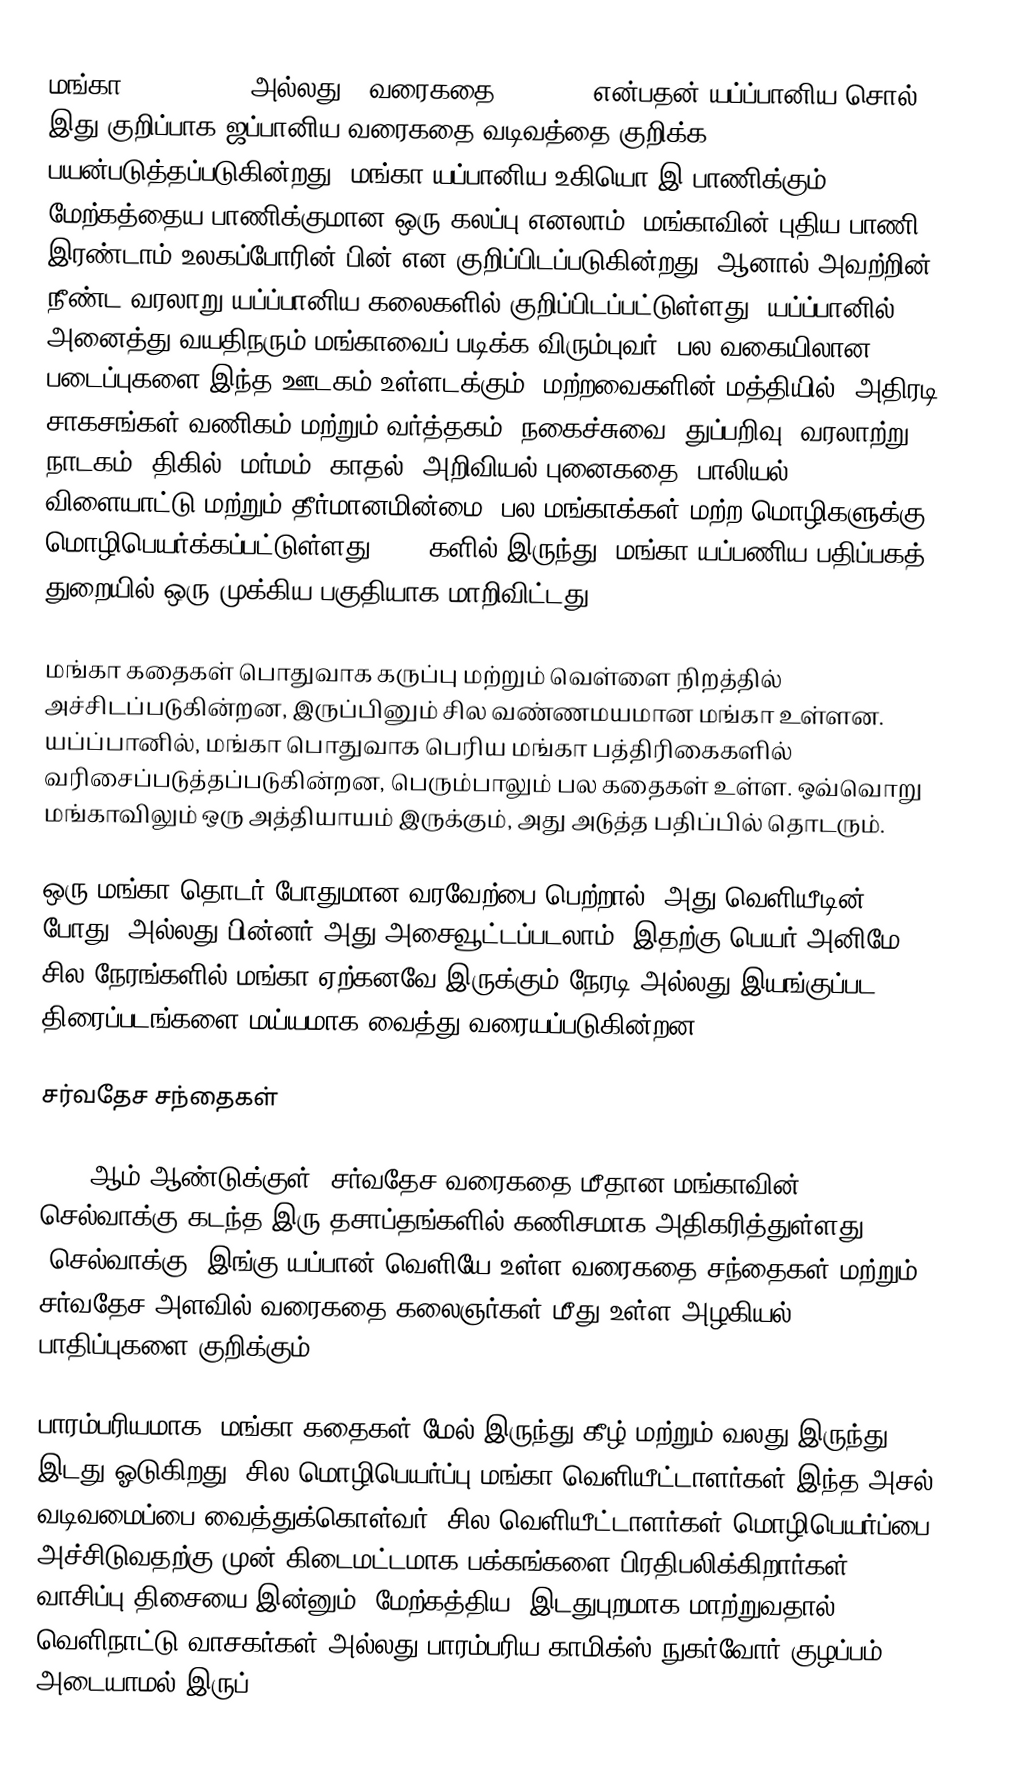
மங்கா (kanji: ; ;  அல்லது ) வரைகதை (comics) என்பதன் யப்ப்பானிய சொல். இது குறிப்பாக ஜப்பானிய வரைகதை வடிவத்தை குறிக்க பயன்படுத்தப்படுகின்றது. மங்கா யப்பானிய உகியொ-இ பாணிக்கும் மேற்கத்தைய பாணிக்குமான ஒரு கலப்பு எனலாம். மங்காவின் புதிய பாணி இரண்டாம் உலகப்போரின் பின் என குறிப்பிடப்படுகின்றது. ஆனால் அவற்றின் நீண்ட வரலாறு யப்ப்பானிய கலைகளில் குறிப்பிடப்பட்டுள்ளது. யப்ப்பானில், அனைத்து வயதிநரும் மங்காவைப் படிக்க விரும்புவர். பல வகையிலான படைப்புகளை இந்த ஊடகம் உள்ளடக்கும்: மற்றவைகளின் மத்தியில், அதிரடி சாகசங்கள்,வணிகம் மற்றும் வர்த்தகம், நகைச்சுவை, துப்பறிவு, வரலாற்று நாடகம், திகில், மர்மம், காதல், அறிவியல் புனைகதை, பாலியல், விளையாட்டு மற்றும் தீர்மானமின்மை.  பல மங்காக்கள் மற்ற மொழிகளுக்கு மொழிபெயர்க்கப்பட்டுள்ளது. 1950களில் இருந்து, மங்கா யப்பணிய பதிப்பகத் துறையில் ஒரு முக்கிய பகுதியாக மாறிவிட்டது.

மங்கா கதைகள் பொதுவாக கருப்பு மற்றும் வெள்ளை நிறத்தில் அச்சிடப்படுகின்றன, இருப்பினும் சில வண்ணமயமான மங்கா உள்ளன. யப்ப்பானில், மங்கா பொதுவாக பெரிய மங்கா பத்திரிகைகளில் வரிசைப்படுத்தப்படுகின்றன, பெரும்பாலும் பல கதைகள் உள்ள. ஒவ்வொறு மங்காவிலும் ஒரு அத்தியாயம் இருக்கும், அது அடுத்த பதிப்பில் தொடரும்.

ஒரு மங்கா தொடர் போதுமான வரவேற்பை  பெற்றால், அது வெளியீடின் போது, அல்லது பின்னர் அது அசைவூட்டப்படலாம். இதற்கு பெயர் அனிமே. சில நேரங்களில் மங்கா ஏற்கனவே இருக்கும் நேரடி அல்லது இயங்குப்பட திரைப்படங்களை மய்யமாக வைத்து வரையப்படுகின்றன.

சர்வதேச சந்தைகள்

2007 ஆம் ஆண்டுக்குள், சர்வதேச வரைகதை மீதான மங்காவின் செல்வாக்கு கடந்த இரு தசாப்தங்களில் கணிசமாக அதிகரித்துள்ளது. "செல்வாக்கு" இங்கு யப்பான் வெளியே உள்ள வரைகதை சந்தைகள் மற்றும் சர்வதேச அளவில் வரைகதை கலைஞர்கள் மீது உள்ள அழகியல் பாதிப்புகளை குறிக்கும்.

பாரம்பரியமாக, மங்கா கதைகள் மேல் இருந்து கீழ் மற்றும் வலது இருந்து இடது ஓடுகிறது. சில மொழிபெயர்ப்பு மங்கா வெளியீட்டாளர்கள் இந்த அசல் வடிவமைப்பை வைத்துக்கொள்வர். சில வெளியீட்டாளர்கள் மொழிபெயர்ப்பை அச்சிடுவதற்கு முன் கிடைமட்டமாக பக்கங்களை பிரதிபலிக்கிறார்கள், வாசிப்பு திசையை இன்னும் "மேற்கத்திய" இடதுபுறமாக மாற்றுவதால், வெளிநாட்டு வாசகர்கள் அல்லது பாரம்பரிய காமிக்ஸ்-நுகர்வோர் குழப்பம் அடையாமல் இருப்